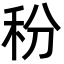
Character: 秎